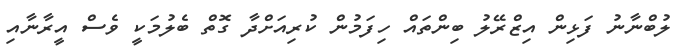
ލުބްނާނު ފަޅިން އިޒްރޭލު ބިންތައް ހިފަމުން ކުރިއަށްދާ ގޮތް ބެލުމަކީ ވެސް އީރާނާއި